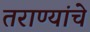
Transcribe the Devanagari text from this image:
तराण्यांचे